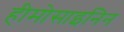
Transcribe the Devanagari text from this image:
हीमोसाइनिन